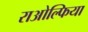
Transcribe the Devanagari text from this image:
राओल्फिया